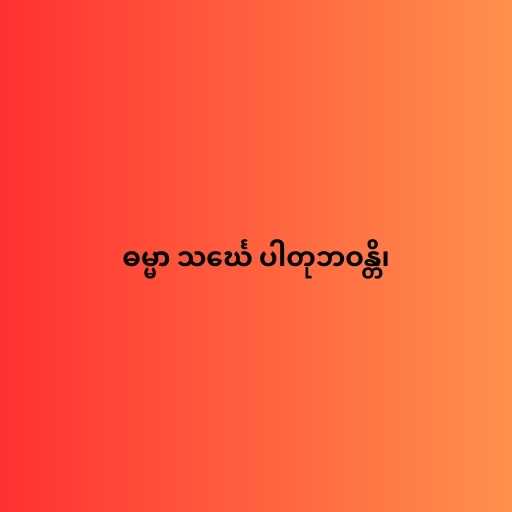
ဓမ္မာ သင်္ဃေ ပါတုဘဝန္တိ၊